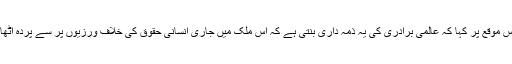
ماورائے عدالت قتل کے واقعات کی خصوصی تفتيش کار ايگنس کيلامارڈ نے اس موقع پر کہا کہ عالمی برادری کی يہ ذمہ داری بنتی ہے کہ اس ملک ميں جاری انسانی حقوق کی خلاف ورزيوں پر سے پردہ اٹھايا جائے، جو اب تک اس قسم کی تنقيد اور جواب دہی کے عمل سے بچتا آيا ہے۔